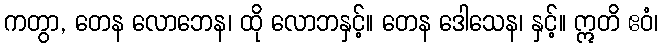
ကတွာ, တေန လောဘေန၊ ထို လောဘနှင့်။ တေန ဒေါသေန၊ နှင့်။ ဣတိ ဧဝံ၊